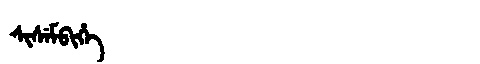
Manchu: ᠰᡳᠰᡝᠮᠪᡳᡥᡝ
Romanization: SISEMBIHE